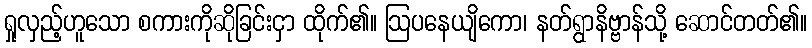
ရှုလှည့်ဟူသော စကားကိုဆိုခြင်းငှာ ထိုက်၏။ ဩပနေယျိကော၊ နတ်ရွာနိဗ္ဗာန်သို့ ဆောင်တတ်၏။